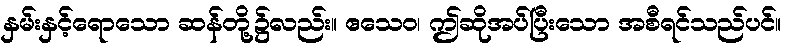
နှမ်းနှင့်ရောသော ဆန်တို့၌လည်း။ ဧသေဝ၊ ဤဆိုအပ်ပြီးသော အစီရင်သည်ပင်။